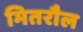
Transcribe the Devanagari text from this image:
मितरौल